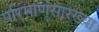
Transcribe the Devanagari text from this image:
परिंमाणूंसारख्या